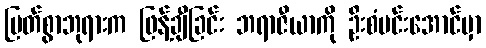
မြတ်စွာဘုရားက ဖြန့်ချီခြင်း ဘရာဇီယာကို ဦးစံမင်းအောင်မှာ